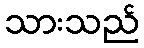
သားသည်